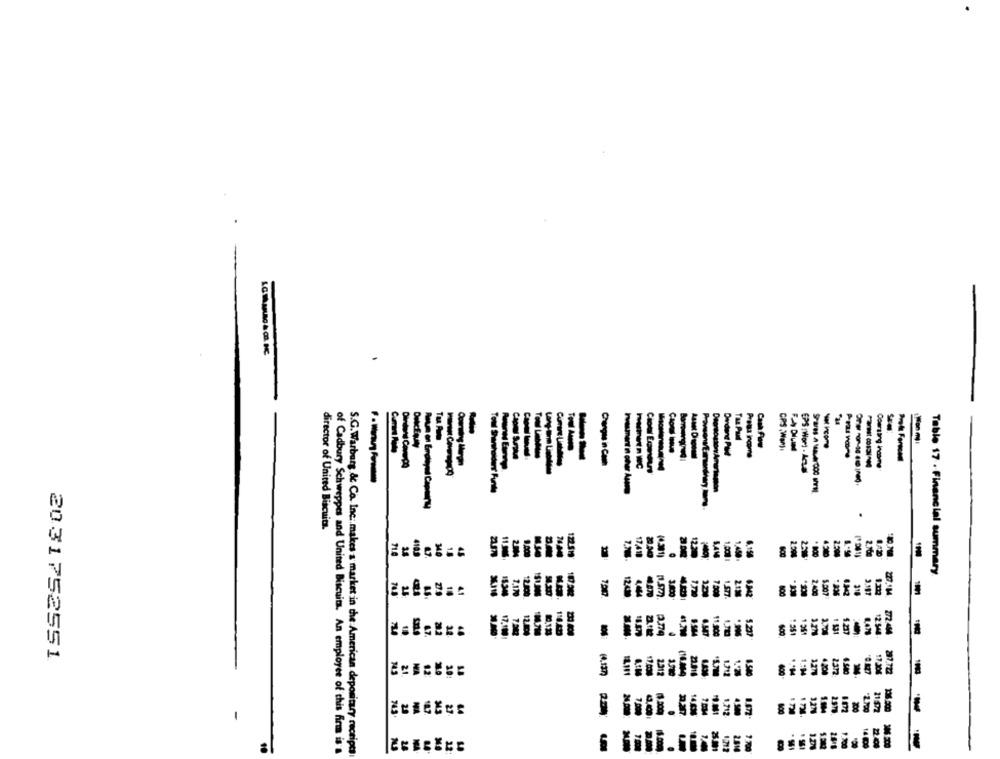
-
CPS :War):
FN DILIM
Ordene PME
Pretta income
EPS!Wor) .As
.
director of United Biscuits.
Table 17 . Financial summary
3.800
7,000
3.187
800
2.400
5.207
318
1 531
5.237
272.444
12 54
2031752551
6.540
ECBGECE
-
8
of Cadbury Schweppes and United Biscuits. An employee of this firma is a
S.G.Warburg & Co. Inc: makes a market in the American depositary receipt